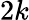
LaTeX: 2k